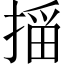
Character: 𫽠